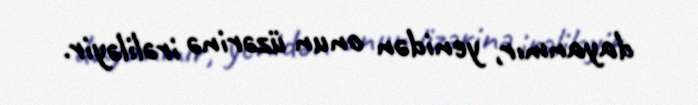
dayanmır, yenidən onun üzərinə irəliləyir.